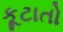
કૂટાતો